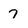
Character: 7